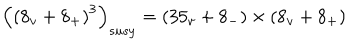
\left( \left( 8 _ { v } + 8 _ { + } \right) ^ { 3 } \right) _ { s u s y } = \left( 3 5 _ { v } + 8 _ { - } \right) \times \left( 8 _ { v } + 8 _ { + } \right)